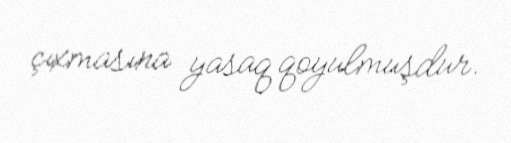
çıxmasına yasaq qoyulmuşdur.